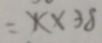
= 1 \times 3 8